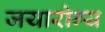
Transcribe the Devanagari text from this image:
जयारोग्य